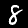
Label: 8